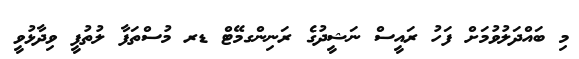
މި ބައްދަލުވުމަށް ފަހު ރައީސް ނަޝީދުގެ ރަނިންގމޭޓް ޑރ މުސްތަފާ ލުތުފީ ވިދާޅުވީ